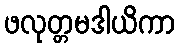
ဖလုတ္တမဒါယိကာ